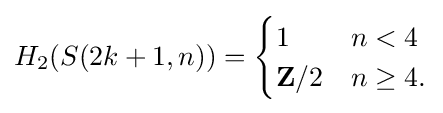
H_{2}(S(2k+1,n))={\begin{cases}1&n<4\\\mathbf {Z} /2&n\geq 4.\end{cases}}